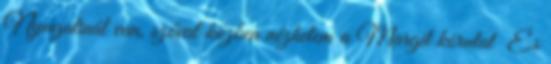
Nyugatinál van, szóval közben nézhetem a Margit körutat És